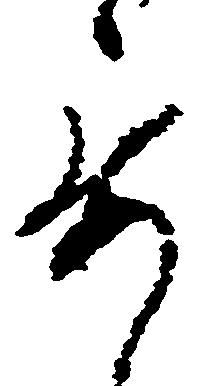
要